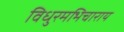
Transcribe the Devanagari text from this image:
विधुरमभिचाराय